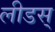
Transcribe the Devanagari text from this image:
लीडस्